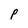
Character: P